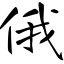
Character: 俄